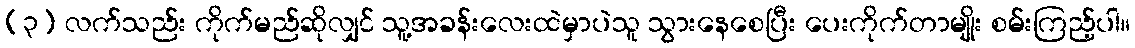
(၃) လက်သည်း ကိုက်မည်ဆိုလျှင် သူ့အခန်းလေးထဲမှာပဲသူ သွားနေစေပြီး ပေးကိုက်တာမျိုး စမ်းကြည့်ပါ။